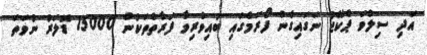
އަދި ސިލްވަ ޕެކޭޖު ނަގައިގެން ފޯރަމްގައި ބައިވެރިވާ ފަރާތްތަކުން 15000 ޑޮލަރު ނުވަތަ